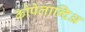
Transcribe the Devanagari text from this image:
कोपेलान्दिअ